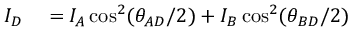
\begin{array} { r l } { I _ { D } } & { { } = I _ { A } \cos ^ { 2 } ( \theta _ { A D } / 2 ) + I _ { B } \cos ^ { 2 } ( \theta _ { B D } / 2 ) } \end{array}